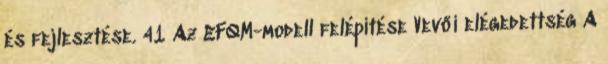
és fejlesztése. 41 Az EFQM-modell felépítése Vevői elégedettség A